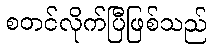
စတင်လိုက်ပြီဖြစ်သည်